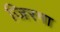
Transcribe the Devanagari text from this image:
जिरगा